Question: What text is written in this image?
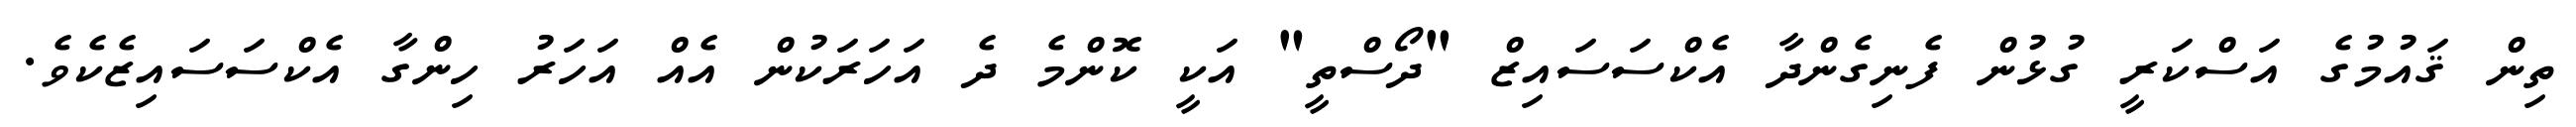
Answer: ތިން ޤައުމުގެ އަސްކަރީ ގުޅުން ފެނިގެންދާ އެކްސަސައިޒް "ދޯސްތީ" އަކީ ކޮންމެ ދެ އަހަރަކުން އެއް އަހަރު ހިންގާ އެކްސަސައިޒެކެވެ.